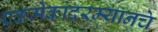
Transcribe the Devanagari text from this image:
एकमेकांदरम्यानचे